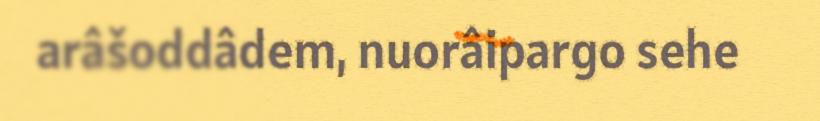
arâšoddâdem, nuorâipargo sehe